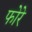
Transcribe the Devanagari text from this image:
फोरे